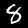
Label: 8